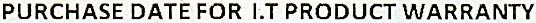
PURCHASE DATE FOR I.T PRODUCT WARRANTY